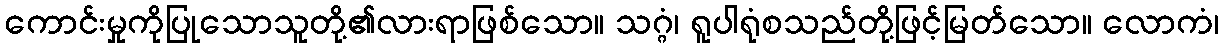
ကောင်းမှုကိုပြုသောသူတို့၏လားရာဖြစ်သော။ သဂ္ဂံ၊ ရူပါရုံစသည်တို့ဖြင့်မြတ်သော။ လောကံ၊